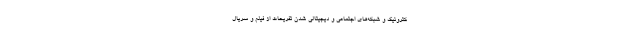
کترونیک و شبکه‌های اجتماعی و دیجیتالی شدن تفریحات از فیلم و سریال